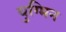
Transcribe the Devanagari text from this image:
युग्मिन